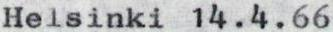
Helsinki14.4.66